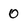
Character: 0